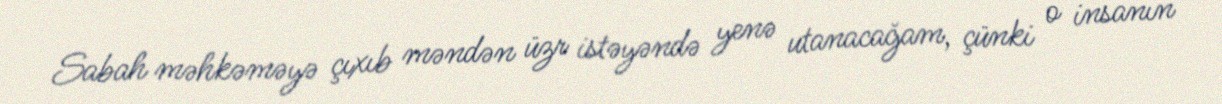
Sabah məhkəməyə çıxıb məndən üzr istəyəndə yenə utanacağam, çünki o insanın